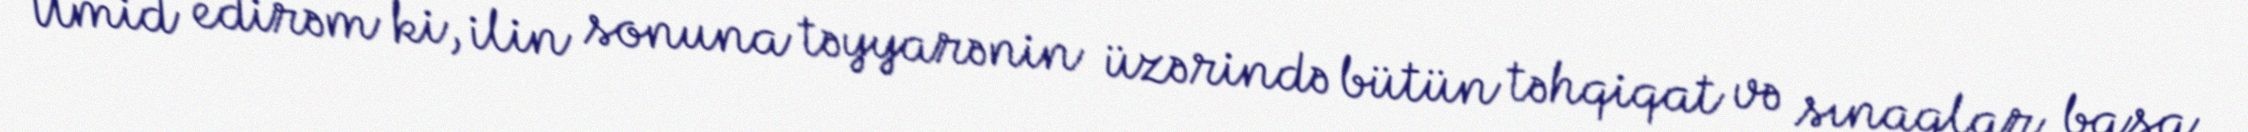
Ümid edirəm ki, ilin sonuna təyyarənin üzərində bütün təhqiqat və sınaqlar başa